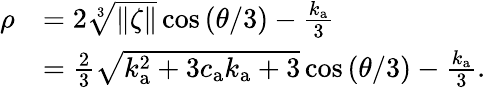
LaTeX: \begin{array}{rl}{\rho}&{=2\sqrt[3]{\| \zeta\| }\cos{\left(\theta/3\right)}-\frac{k_{\mathrm{a}}}{3}}\\ &{=\frac{2}{3}\sqrt{k_{\mathrm{a}}^{2}+3c_{\mathrm{a}}k_{\mathrm{a}}+3}\cos{\left(\theta/3\right)}-\frac{k_{\mathrm{a}}}{3}.}\end{array}